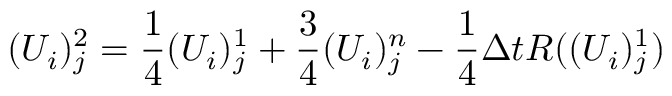
( U _ { i } ) _ { j } ^ { 2 } = \frac { 1 } { 4 } ( U _ { i } ) _ { j } ^ { 1 } + \frac { 3 } { 4 } ( U _ { i } ) _ { j } ^ { n } - \frac { 1 } { 4 } \Delta t R ( ( U _ { i } ) _ { j } ^ { 1 } )